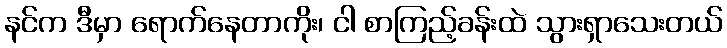
နင်က ဒီမှာ ရောက်နေတာကိုး၊ ငါ စာကြည့်ခန်းထဲ သွားရှာသေးတယ်